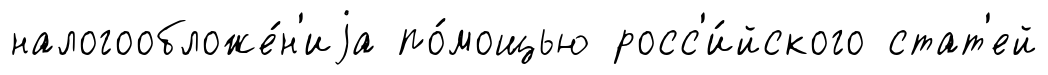
налогообложе́н'иjа по́мощью росс'и́йского стат'ей